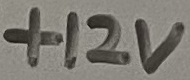
Text: +12V